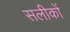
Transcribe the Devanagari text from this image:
सलीकों